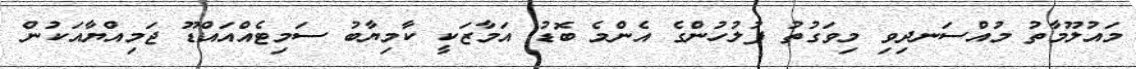
މައުލޫމާތު މުއްސަނދިވި މިވަގުތު ފުލުހުންގެ އެންމެ ބޮޑު އަމާޒަކީ ކާމިޔާބު ސަމިޓެއްއައްޑޫ ޖަމިއްޔާއަކުން